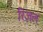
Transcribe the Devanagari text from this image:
रिज़ल